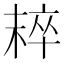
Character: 𣖢